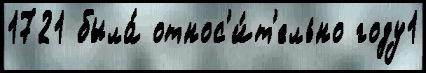
1721 была́ относ'и́т'ельно году1